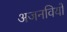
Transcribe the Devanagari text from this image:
अजनवियों